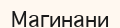
Магинани